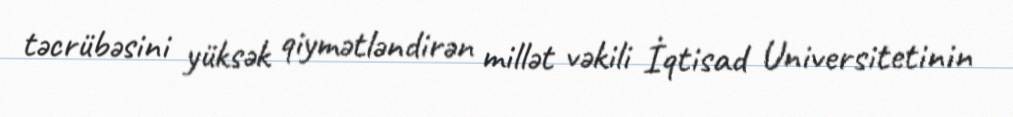
təcrübəsini yüksək qiymətləndirən millət vəkili İqtisad Universitetinin